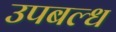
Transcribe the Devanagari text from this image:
उपबल्ध